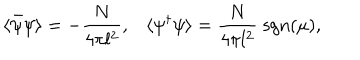
\langle \bar { \psi } \psi \rangle = - \frac { N } { 4 \pi l ^ { 2 } } , \langle \psi ^ { \dagger } \psi \rangle = \frac { N } { 4 \pi l ^ { 2 } } \; \mathrm { s g n } ( \mu ) ,